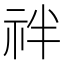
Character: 𥘽